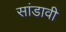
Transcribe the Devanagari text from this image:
सांडावी